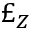
\pounds _ { Z }